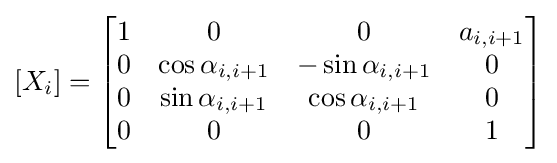
[X_{i}]={\begin{bmatrix}1&0&0&a_{i,i+1}\\0&\cos \alpha _{i,i+1}&-\sin \alpha _{i,i+1}&0\\0&\sin \alpha _{i,i+1}&\cos \alpha _{i,i+1}&0\\0&0&0&1\end{bmatrix}}